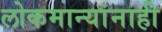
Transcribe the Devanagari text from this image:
लोकमान्‍यांनाही